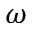
\omega